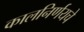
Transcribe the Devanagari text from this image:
कालनिर्णयचे